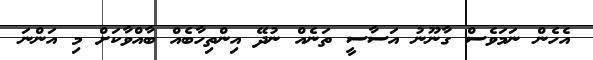
އެހެން ނަމަވެސް ގާނޫނު އަސާސީ ތަނެއް ނުދޭ އިންތިހާބެއް ބާއްވާކަށް މި އަންނަ